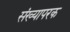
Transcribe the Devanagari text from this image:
संख्यापरक